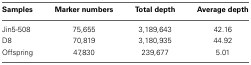
<table><thead><tr><td><b>Samples</b></td><td><b>Marker numbers</b></td><td><b>Total depth</b></td><td><b>Average depth</b></td></tr></thead><tbody><tr><td>Jin5-508</td><td>75,655</td><td>3,189,643</td><td>42.16</td></tr><tr><td>D8</td><td>70,819</td><td>3,180,935</td><td>44.92</td></tr><tr><td>Offspring</td><td>47,830</td><td>239,677</td><td>5.01</td></tr></tbody></table>